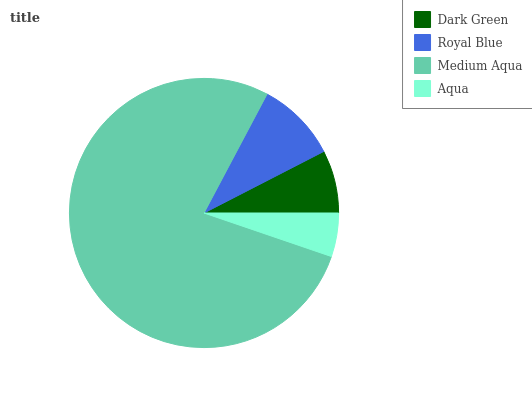
| Dark Green | Royal Blue | Medium Aqua | Aqua |
 | --- | --- | --- | --- |
 | 7.56% | 9.69% | 77.5% | 5.24% |